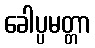
ခေါပ္ပမတ္တာ